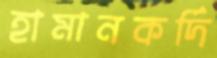
হামানকর্দি